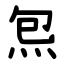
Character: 炰